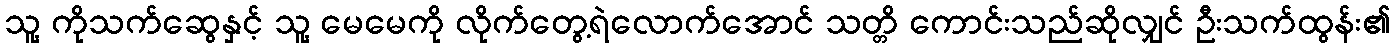
သူ့ ကိုသက်ဆွေနှင့် သူ့ မေမေကို လိုက်တွေ့ရဲလောက်အောင် သတ္တိ ကောင်းသည်ဆိုလျှင် ဦးသက်ထွန်း၏